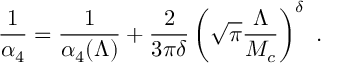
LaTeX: \frac { 1 } { \alpha _ { 4 } } = \frac { 1 } { \alpha _ { 4 } ( \Lambda ) } + \frac { 2 } { 3 \pi \delta } \left( \sqrt { \pi } \frac { \Lambda } { M _ { c } } \right) ^ { \delta } ~ .